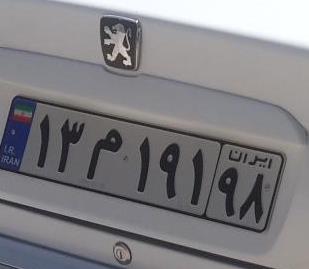
۱۳م۱۹۱۹۸